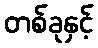
တစ်ခုနှင့်